EAOK_Sinod, lk 14
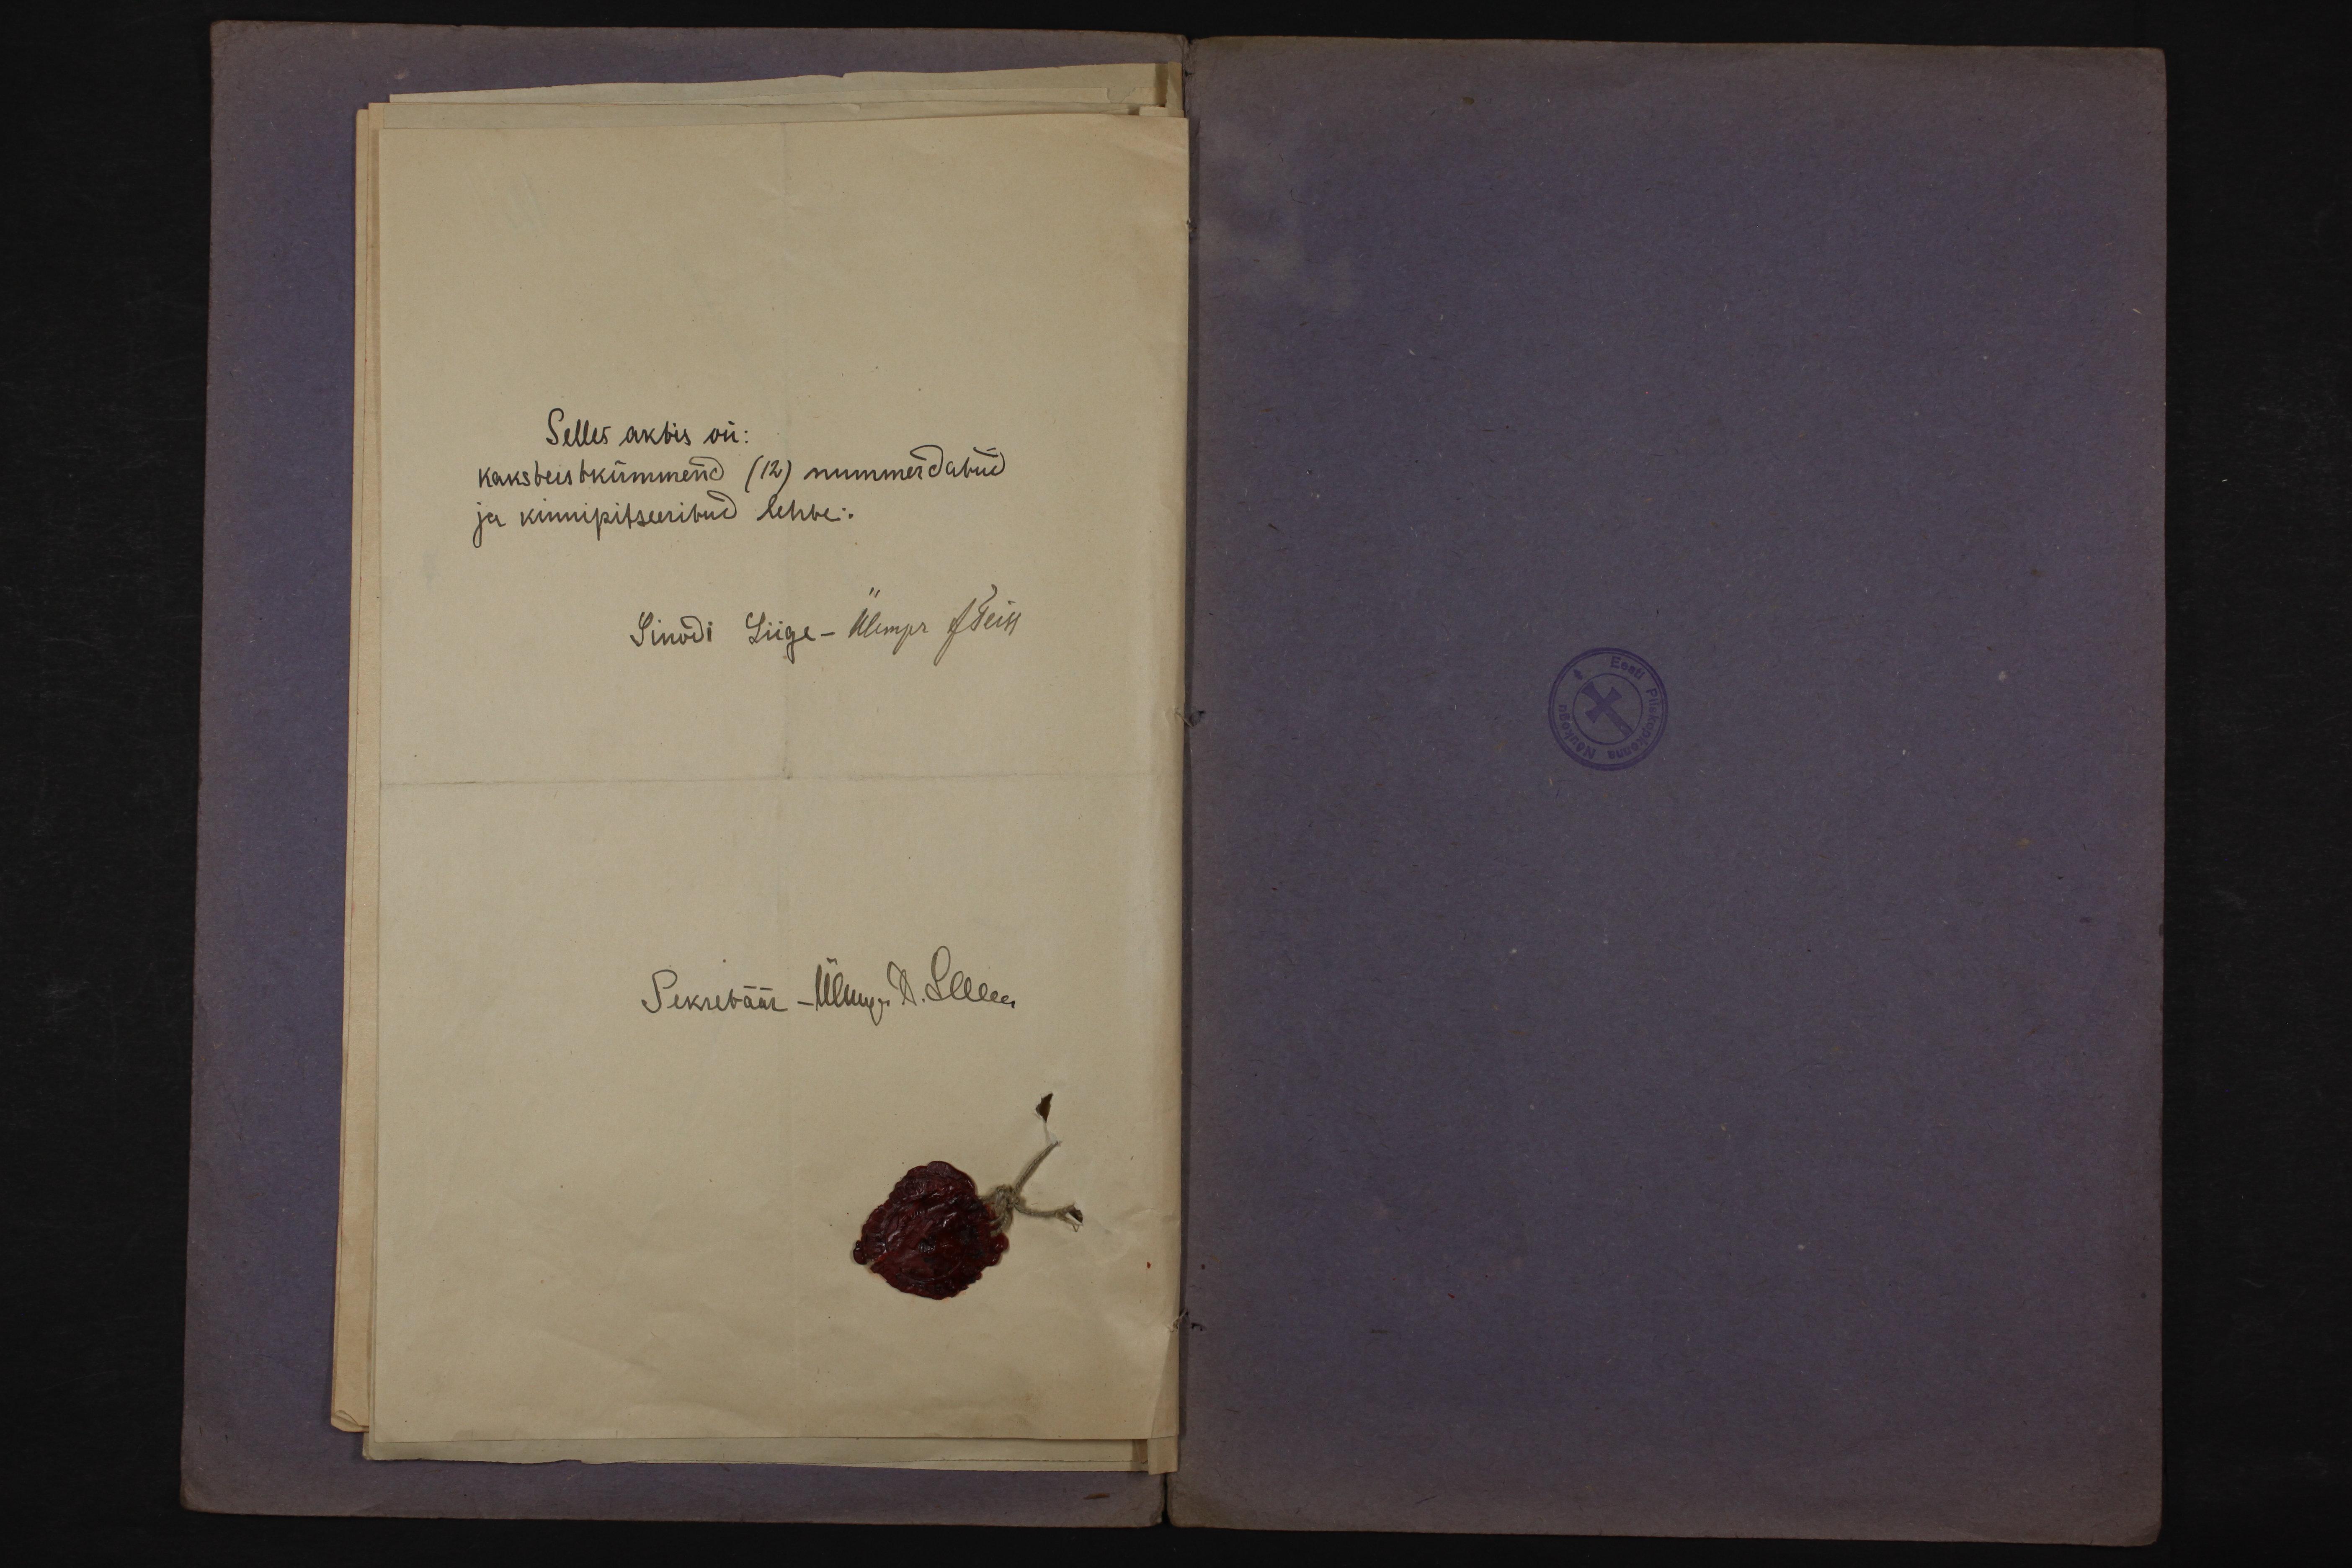
Selles aktis on:
kaksteistkümmend (12) nummerdatud.
ja kinnipitseeritud lehte:
Sinodi Liige-Üempr JTeik
Sekretäär Ülmes, A. Sellees